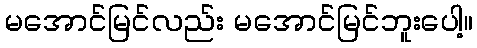
မအောင်မြင်လည်း မအောင်မြင်ဘူးပေါ့။